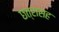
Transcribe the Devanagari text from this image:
छत्रासह